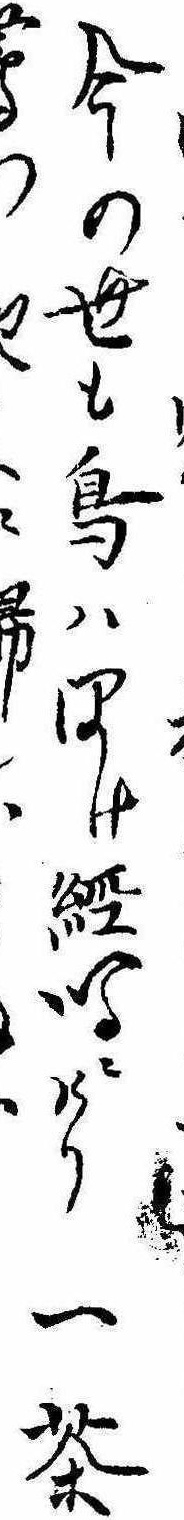
今の世も鳥はほけ経鳴にけり一茶鴬のに